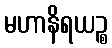
မဟာနိရယဉ္စ